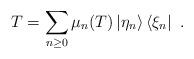
LaTeX: \begin{align*}T=\sum_{n\geq 0}\mu _{n}(T)\left\vert \eta _{n}\right\rangle \left\langle\xi _{n}\right\vert ~.\end{align*}